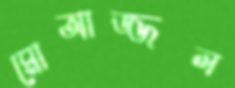
মোআজ্জল